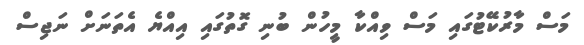
މަސް މާރުކޭޓުގައި މަސް ވިއްކާ މީހުން ބުނި ގޮތުގައި އިއްޔެ އެތަނަށް ނަޖިސް